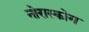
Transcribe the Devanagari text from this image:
नोरास्कोग